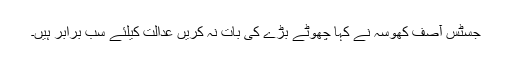
جسٹس آصف کھوسہ نے کہا چھوٹے بڑے کی بات نہ کریں عدالت کیلئے سب برابر ہیں۔